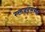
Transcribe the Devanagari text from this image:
रक्तवहसंस्था